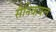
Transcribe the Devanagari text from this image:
सैनिकबल